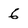
Character: 6